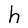
Character: h